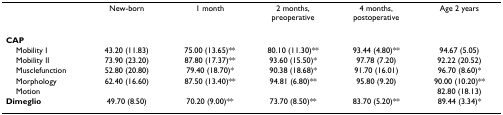
|  | New-born | 1 month | 2 months, preoperative | 4 months, postoperative | Age 2 years |
 | --- | --- | --- | --- | --- | --- |
 | CAP |  |  |  |  |  |
 | Mobility I | 43.20 (11.83) | 75.00 (13.65)** | 80.10 (11.30)** | 93.44 (4.80)** | 94.67 (5.05) |
 | Mobility II | 73.90 (23.20) | 87.80 (17.37)** | 93.60 (15.50)* | 97.78 (7.20) | 92.22 (20.52) |
 | Musclefunction | 52.80 (20.80) | 79.40 (18.70)* | 90.38 (18.68)* | 91.70 (16.01) | 96.70 (8.60)* |
 | Morphology | 62.40 (16.60) | 87.50 (13.40)** | 94.81 (6.80)** | 95.80 (9.20) | 90.00 (10.20)** |
 | Motion |  |  |  |  | 82.80 (18.13) |
 | Dimeglio | 49.70 (8.50) | 70.20 (9.00)** | 73.70 (8.50)** | 83.70 (5.20)** | 89.44 (3.34)* |